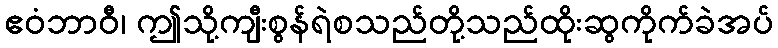
ဧဝံဘာဝီ၊ ဤသို့ကျီးစွန်ရဲစသည်တို့သည်ထိုးဆွကိုက်ခဲအပ်